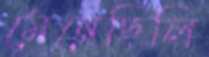
মেনেছিলি